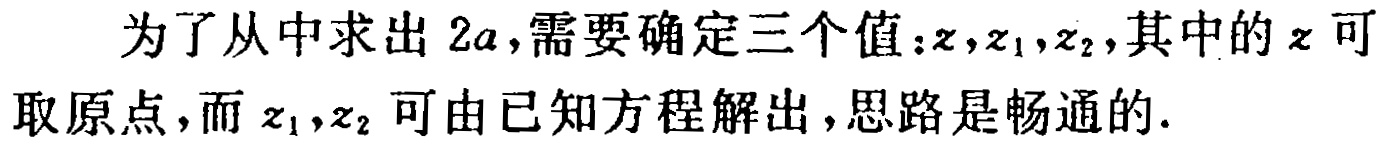
为了从中求出 \(2a\)，需要确定三个值：\(z,z_1,z_2\)，其中的 \(z\) 可取原点，而 \(z_1,z_2\) 可由已知方程解出，思路是畅通的.